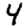
Digit: 4